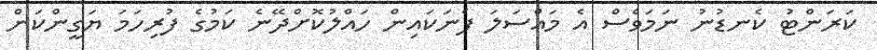
ކަރަންޓު ކެނޑުނު ނަމަވެސް އެ މައްސަލަ ފެނަކައިން ހައްލުކޮށްދޭނެ ކަމުގެ ފުރިހަމަ ޔަގީންކަން